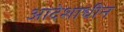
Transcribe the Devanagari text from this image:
आदेशाधीन